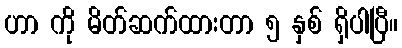
ဟာ ကို မိတ်ဆက်ထားတာ ၅ နှစ် ရှိပါပြီ။